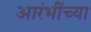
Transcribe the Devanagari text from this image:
आरंभींच्या